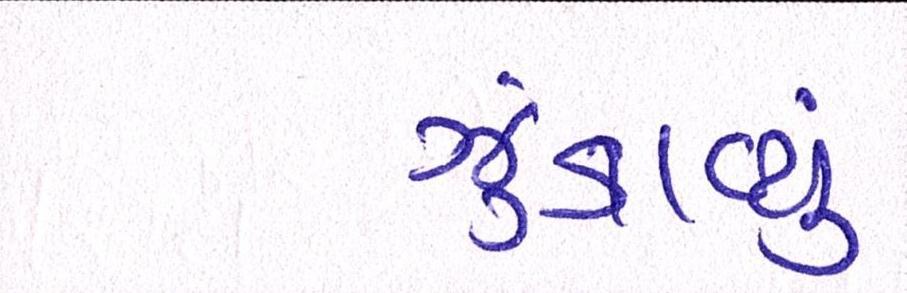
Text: ઝૂંકાવ્યું